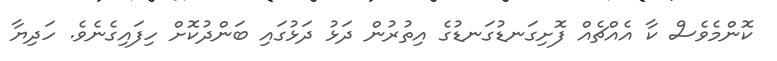
ކޮންމެވެސް ކާ އެއްޗެއް ފޮށިގަނޑުގަނޑުގެ އިތުރުން ދަޅު ދަޅުގައި ބަންދުކޮށް ހިފައިގެނެވެ. ހަދިޔާ